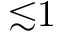
{ \lesssim } 1